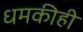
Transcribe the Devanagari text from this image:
धमकीही